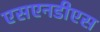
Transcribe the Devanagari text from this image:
एसएनडीएस